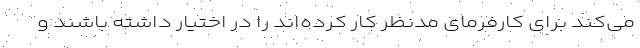
می‌کند برای کارفرمای مدنظر کار کرده‌اند را در اختیار داشته باشند و